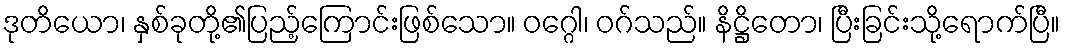
ဒုတိယော၊ နှစ်ခုတို့၏ပြည့်ကြောင်းဖြစ်သော။ ဝဂ္ဂေါ၊ ဝဂ်သည်။ နိဋ္ဌိတော၊ ပြီးခြင်းသို့ရောက်ပြီ။